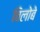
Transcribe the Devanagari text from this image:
विलोबे